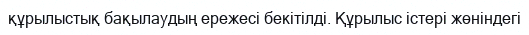
құрылыстық бақылаудың ережесі бекітілді. Құрылыс істері жөніндегі